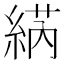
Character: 𱹷